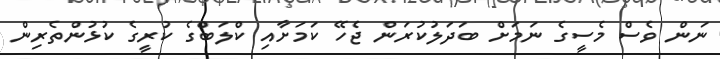
ނަން ވެސް މެސީގެ ނަމަށް ބަދަލުކުރަން ޖެހޭ ކަމަށާއި ކްލަބްގެ ކުރީގެ ކުޅުންތެރިން